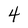
Character: 4